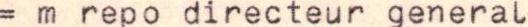
= m repo directeur general